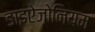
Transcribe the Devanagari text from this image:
डाइऐज़ोनियम